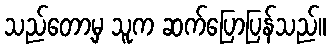
သည်တော့မှ သူက ဆက်ပြောပြန်သည်။